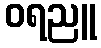
ဝရညူ